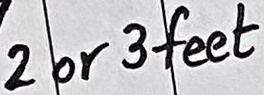
Text: 2 or 3 feet